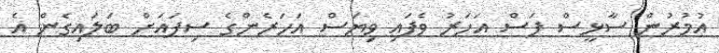
އުމުރުން ސާޅީސް ފަސް އަހަރު ވެފައި ވިޔަސް އަހަރެންގެ ސިފައަށް ބަލައިގެން އެ